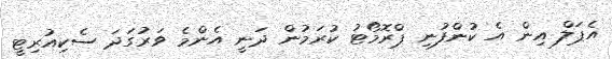
އެޕަލް އިން އެ ކުންފުނި ޕްރޮމޯޓު ކުރަމުން ދަނީ އެންމެ ވަރުގަދަ ސެކިއުރިޓީ